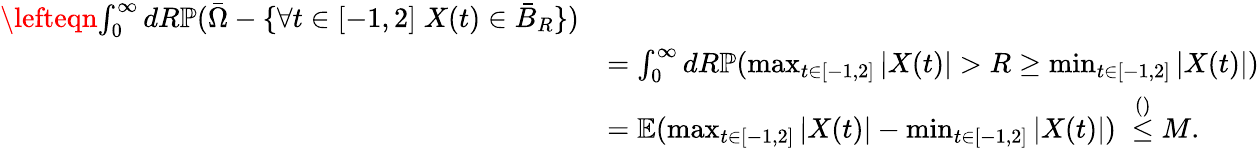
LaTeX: \begin{array}{rl}{\lefteqn{\int_{0}^{\infty}dR\mathbb{P}(\bar{\Omega}-\{ \forall t\in[-1,2]\; X(t)\in\bar{B}_{R}\} )}}\\ &{=\int_{0}^{\infty}dR\mathbb{P}(\operatorname*{max}_{t\in[-1,2]}|X(t)|>R\ge\operatorname*{min}_{t\in[-1,2]}|X(t)|)}\\ &{=\mathbb{E}(\operatorname*{max}_{t\in[-1,2]}|X(t)|-\operatorname*{min}_{t\in[-1,2]}|X(t)|)\; \stackrel{()}{\le}M.}\end{array}